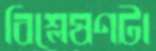
বিশ্লেষণটা